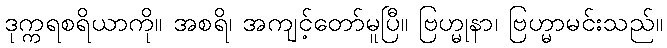
ဒုက္ကရစရိယာကို။ အစရိ၊ အကျင့်တော်မူပြီ။ ဗြဟ္မုနာ၊ ဗြဟ္မာမင်းသည်။